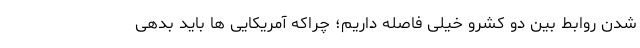
شدن روابط بین دو کشرو خیلی فاصله داریم؛ چراکه آمریکایی ها باید بدهی